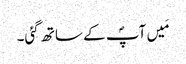
مَیں آپؐ کے ساتھ گئی۔